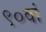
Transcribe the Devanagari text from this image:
९०वां